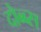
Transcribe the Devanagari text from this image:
दोब्ब्स